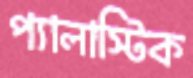
প্যালাস্টিক